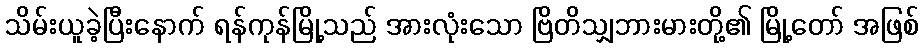
သိမ်းယူခဲ့ပြီးနောက် ရန်ကုန်မြို့သည် အားလုံးသော ဗြိတိသျှဘားမားတို့၏ မြို့တော် အဖြစ်